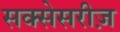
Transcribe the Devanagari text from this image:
सक्सेसरीज़